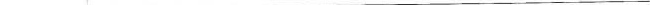
___